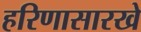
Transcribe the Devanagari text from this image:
हरिणासारखे